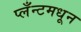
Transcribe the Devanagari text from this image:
प्लँन्टमधून